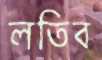
লতিব